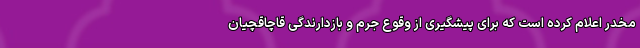
مخدر اعلام کرده است که برای پیشگیری از وقوع جرم و بازدارندگی قاچاقچیان